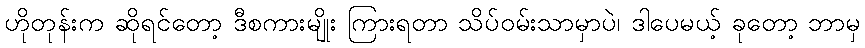
ဟိုတုန်းက ဆိုရင်တော့ ဒီစကားမျိုး ကြားရတာ သိပ်ဝမ်းသာမှာပဲ၊ ဒါပေမယ့် ခုတော့ ဘာမှ